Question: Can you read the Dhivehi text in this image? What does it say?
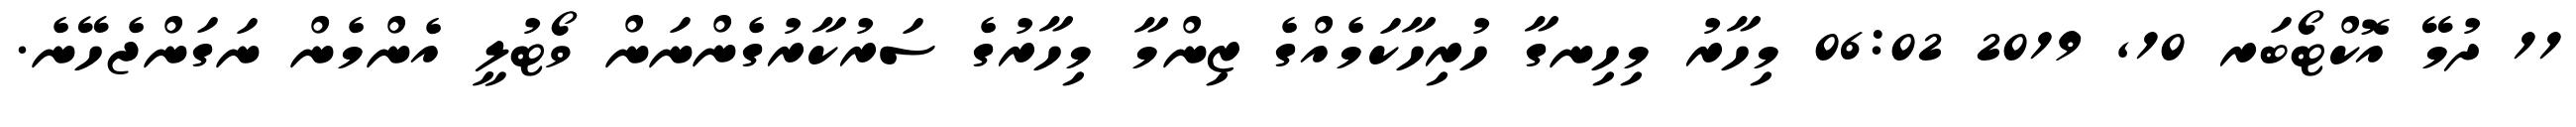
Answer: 11 ދުމޭ އޮކްޓޯބަރ 10, 2019 06:02 މިހާރު މިހިނގާ ހުރިހާކަމެއްގެ ޒިންމާ މިހާރުގެ ސަރުކާރުގެންނަން ވޯޓުލީ އެންމެން ނަގަންޖެހޭނެ.